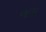
બમ